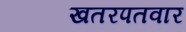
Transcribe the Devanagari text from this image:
खतरपतवार